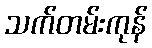
သက်တမ်းကုန်